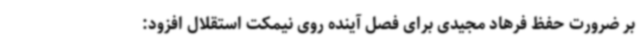
بر ضرورت حفظ فرهاد مجیدی برای فصل آینده روی نیمکت استقلال افزود: